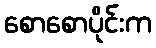
စောစောပိုင်းက